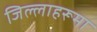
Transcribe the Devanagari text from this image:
जिल्लाहरूमा